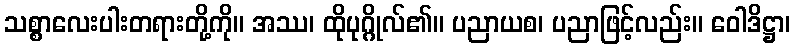
သစ္စာလေးပါးတရားတို့ကို။ အဿ၊ ထိုပုဂ္ဂိုလ်၏။ ပညာယစ၊ ပညာဖြင့်လည်း။ ဝေါဒိဋ္ဌာ၊